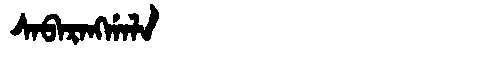
Manchu: ᠰᠠᠪᠠᡵᠠᠩᡤᠠᠯᠠ
Romanization: SABARANGGALA